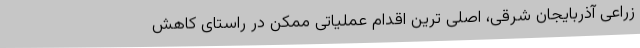
زراعی آذربایجان شرقی، اصلی ترین اقدام عملیاتی ممکن در راستای کاهش